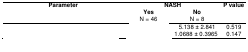
<table><thead><tr><td rowspan="2"><b>Parameter</b></td><td colspan="2"><b>NASH</b></td><td rowspan="2"><b>P value</b></td></tr><tr><td><b>Yes N = 46</b></td><td><b>No N = 8</b></td></tr></thead><tbody><tr><td>[EMPTY_CELL]</td><td>[EMPTY_CELL]</td><td>5.138 ± 2.841</td><td>0.519</td></tr><tr><td>[EMPTY_CELL]</td><td>[EMPTY_CELL]</td><td>1.0688 ± 0.3965</td><td>0.147</td></tr></tbody></table>